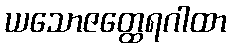
ယသောဇတ္ထေရဂါထာ